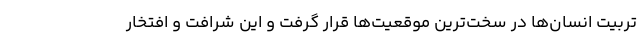
تربیت انسان‌ها در سخت‌ترین موقعیت‌ها قرار گرفت و این شرافت و افتخار